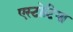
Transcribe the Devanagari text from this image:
एस्टोटिया